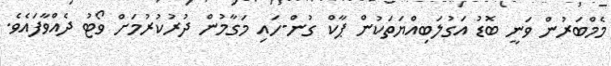
މެމްބަރުން ވަނީ ބޮޑު އަގުލަބިއްޔަތަކުން ޕާކް ގުން-ހައި މަގާމުން ދުރުކުރުމަށް ވޯޓު ދެއްވާފައެވެ.